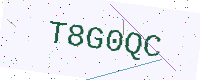
Text: T8G0QC